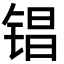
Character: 锠